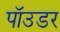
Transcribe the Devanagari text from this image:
पॉउडर